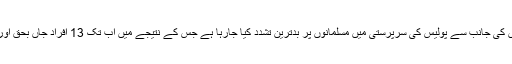
یاد رہے کہ انتہا پسند ہندوؤں کی جانب سے پولیس کی سرپرستی میں مسلمانوں پر بدترین تشدد کیا جارہا ہے جس کے نتیجے میں اب تک 13 افراد جاں بحق اور متعدد زخمی ہو چکے ہیں۔